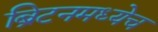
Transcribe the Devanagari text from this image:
ब्रिटनमध्येच